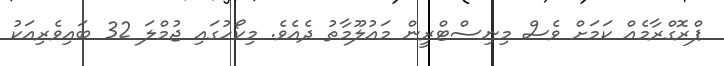
ޕްރޮގްރާމެއް ކަމަށް ވެސް މިނިސްޓްރީން މައުލޫމާތު ދެއެވެ. މިކޯހުގައި ޖުމްލަ 32 ބައިވެރިއަކު